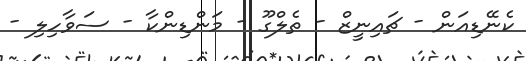
ކެނޭޑިއަން - ޗައިނީޒް - ތެލްގޫ - މަންޑިންކާ - ސަވާހިލި -